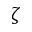
\zeta